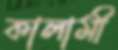
কালামী